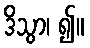
ဒိသွာ၊ ၍။